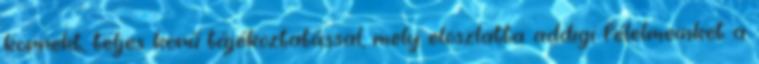
korrekt, teljes körű tájékoztatással, mely eloszlatta addigi félelmeinket a